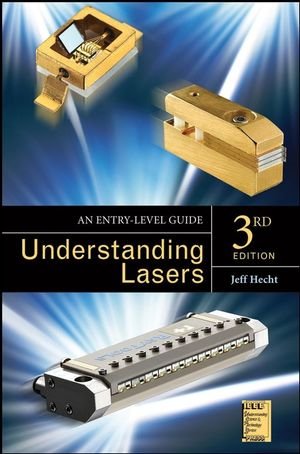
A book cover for Understanding Lasers: An Entry-Level Guide; Jeff Hecht; Science & Math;